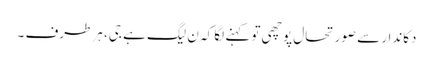
دکاندار سے صورتحال پوچھی تو کہنے لگا کہ ن لیگ ہے جی، ہر طرف ۔